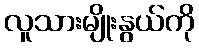
လူသားမျိုးနွယ်ကို